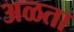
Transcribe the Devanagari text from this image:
अळता